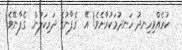
ކުރެއްވިހިނދު ހަނދުމަކުރާށެވެ! އޭ  ގެފާނުގެ ދަރިކަލުން  ގެފާނޭވެ!